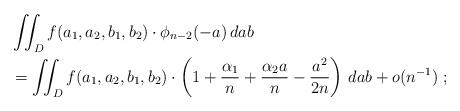
LaTeX: \begin{align*} &\iint_D f(a_1, a_2, b_1, b_2) \cdot \phi_{n-2}(-a) \, dab \\ & = \iint_D f(a_1,a_2,b_1,b_2) \cdot \left(1 + \frac{\alpha_1}{n} + \frac{\alpha_2 a}{n} - \frac{a^2}{2n}\right) \, dab + o(n^{-1}) \; ; \end{align*}